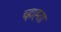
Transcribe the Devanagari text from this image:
च्हाह्ता